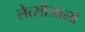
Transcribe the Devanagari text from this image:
लेत्सोआलो